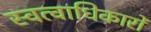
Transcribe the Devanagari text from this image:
स्वत्वाधिकारों